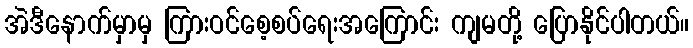
အဲဒီနောက်မှာမှ ကြားဝင်စေ့စပ်ရေးအကြောင်း ကျမတို့ ပြောနိုင်ပါတယ်။